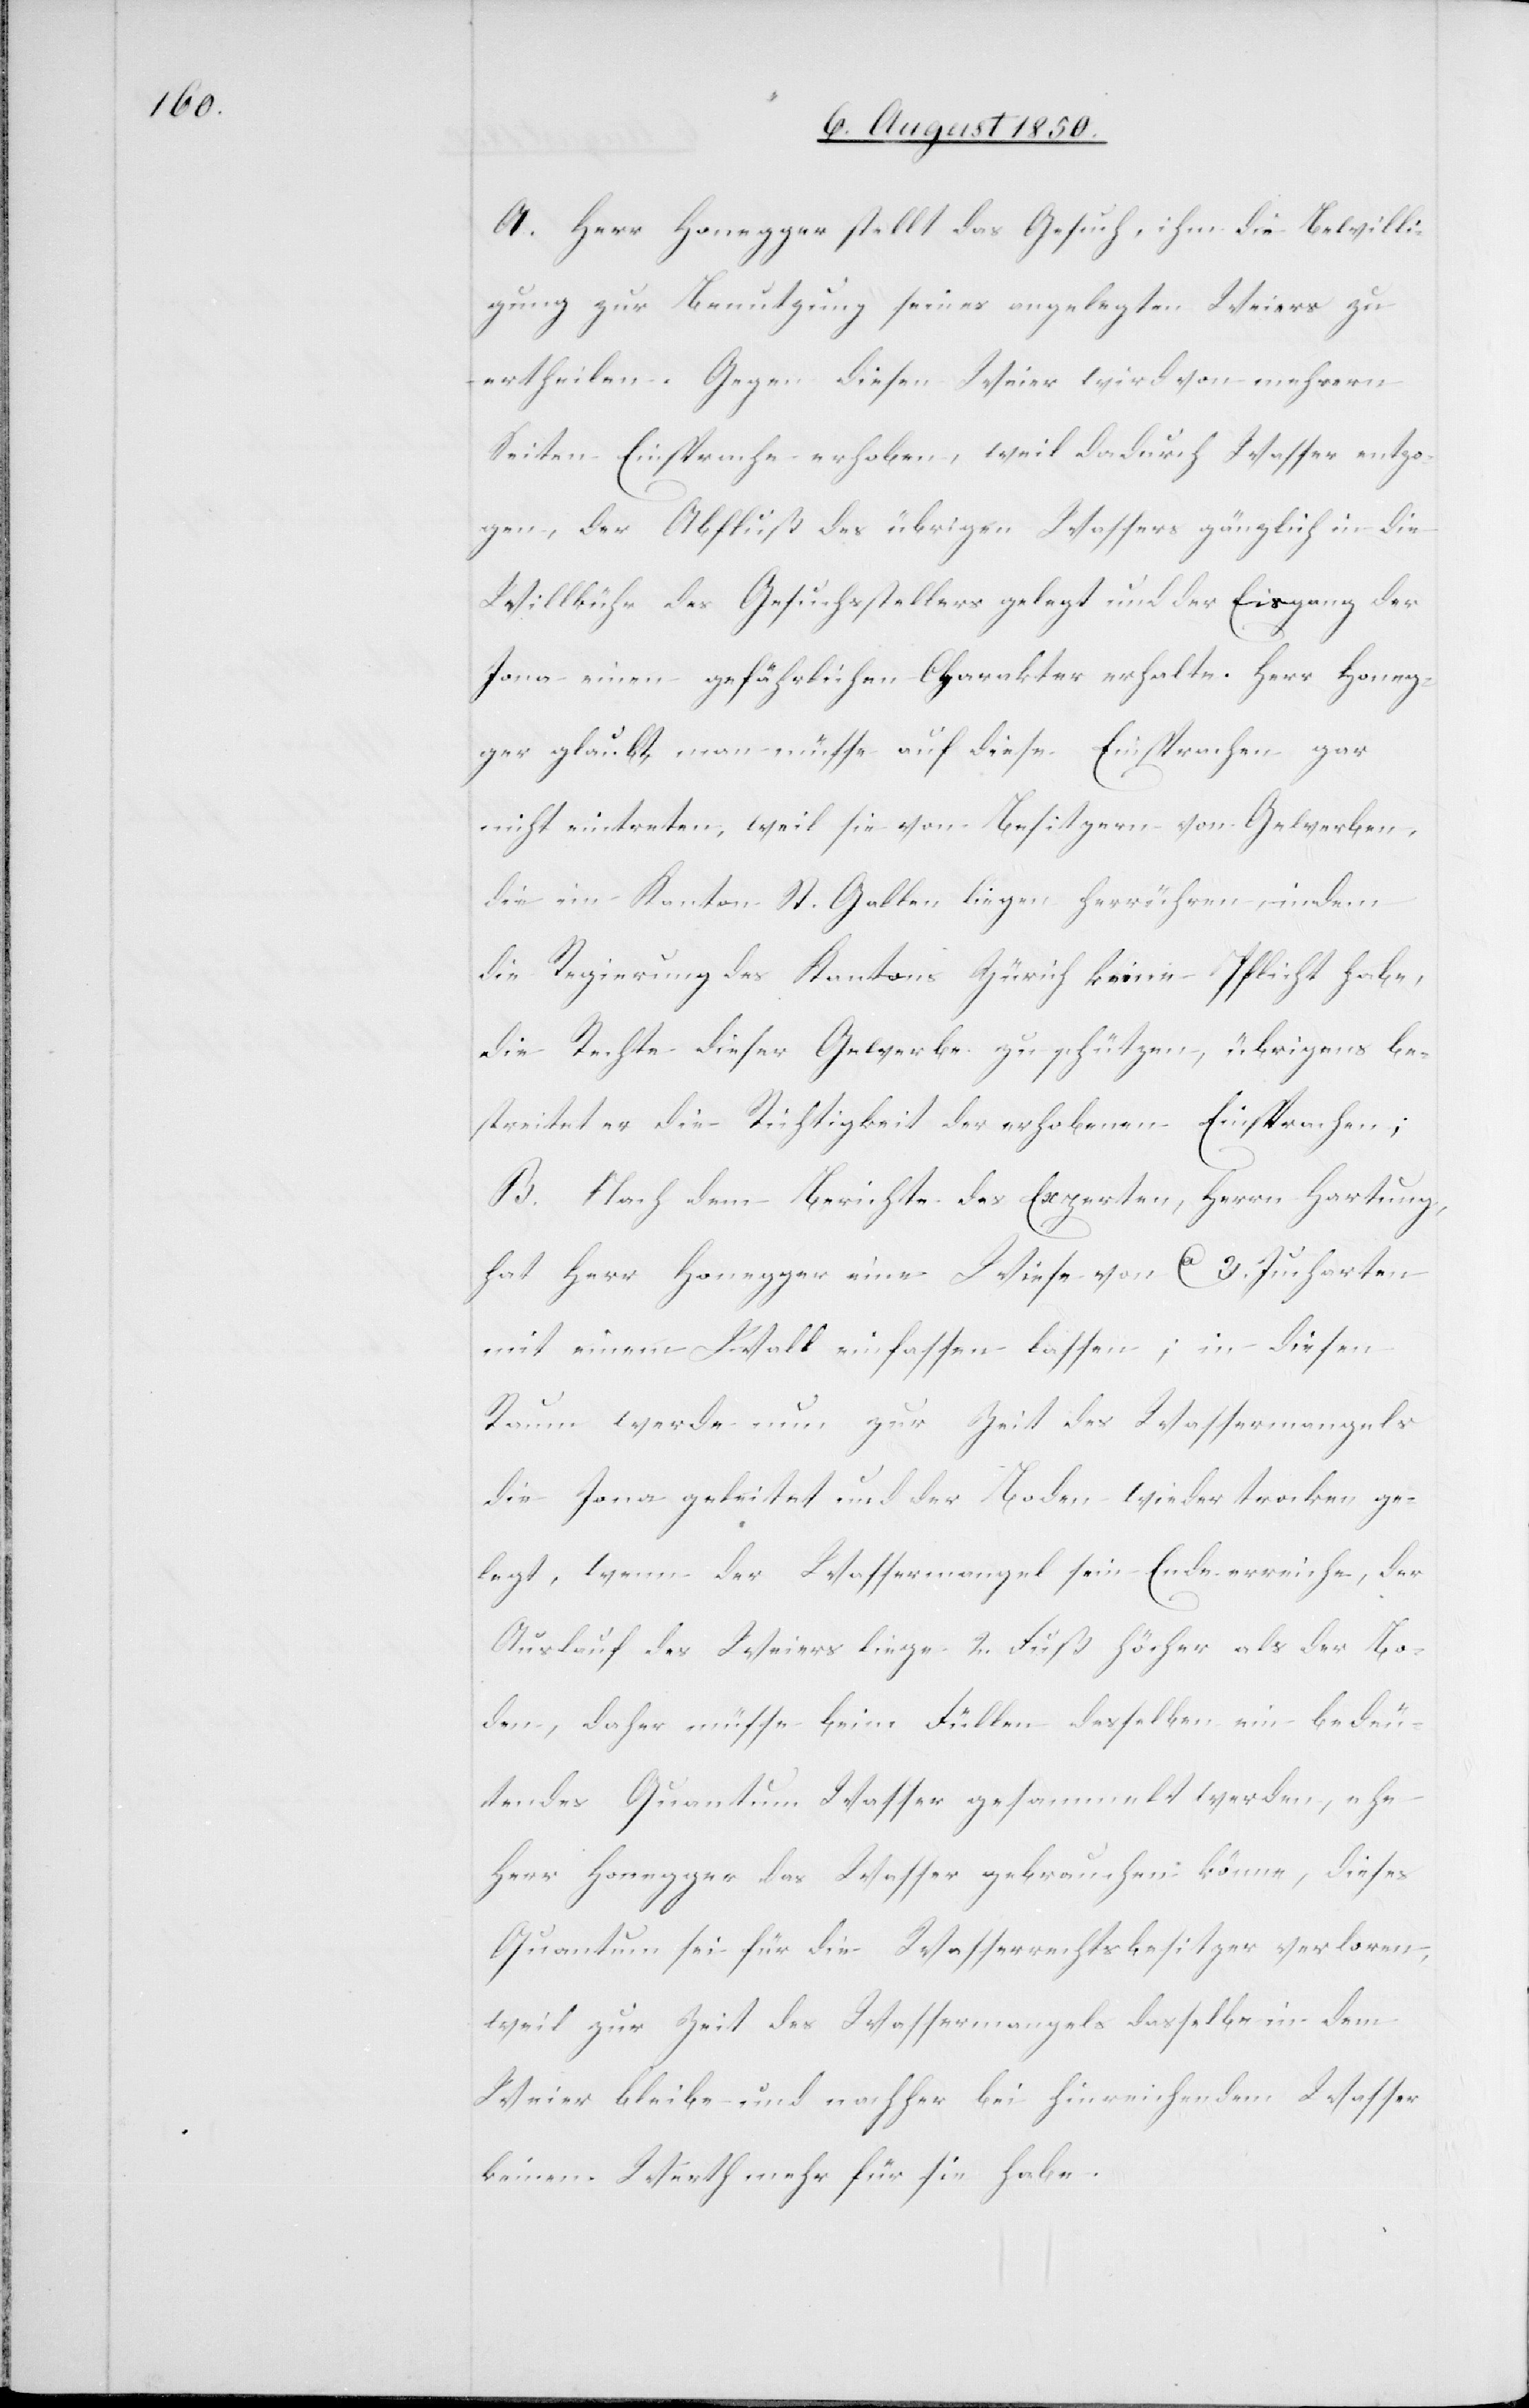
A. Herr Honegger stellt das Gesuch, ihm die Bewilli¬
gung zur Benutzung seines angelegten Weiers zu
ertheilen. Gegen diesen Weier wird von mehrern
Seiten Einsprache erhoben, weil dadurch Wasser entzo¬
gen, der Abfluß des übrigen Wassers gänzlich in die
Willkühr des Gesuchsstellers gelegt und der Eisgang der
Jona einen gefährlichen Charakter erhalte. Herr Honeg¬
ger glaubt, man müsse auf diese Einsprachen gar
nicht eintreten, weil sie von Besitzern von Gewerben,
die im Kanton St. Gallen liegen herrühren, indem
die Regierung des Kantons Zürich keine Pflicht habe,
die Rechte dieser Gewerbe zu schützen, übrigens be¬
streitet er die Richtigkeit der erhobenen Einsprachen;
B. Nach dem Berichte des Experten, Herrn Hartung,
hat Herr Honegger eine Wiese von Ca 3. Jucharten
mit einem Wald einfassen lassen; in diesen
Raum werde nun zur Zeit des Wassermangels
die Jona geleitet und der Boden wieder trocken ge¬
legt, wenn der Wassermangel sein Ende erreiche, der
Auslauf des Weiers liege 2. Fuß höcher als der Bo¬
den, daher müsse beim Füllen desselben ein bedeu¬
tendes Quantum Wasser gesammelt werden, ehe
Herr Honegger das Wasser gebrauchen könne, dieses
Quantum sei für die Wasserrechtsbesitzer verloren,
weil zur Zeit des Wassermangels dasselbe in dem
Weier bleibe und nachher bei hinreichendem Wasser
keinen Werth mehr für sie habe.